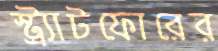
স্ট্র্যাটফোরের